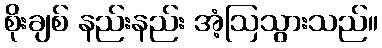
စိုးချစ် နည်းနည်း အံ့ဩသွားသည်။